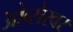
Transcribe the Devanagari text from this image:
ओब्सेरवर